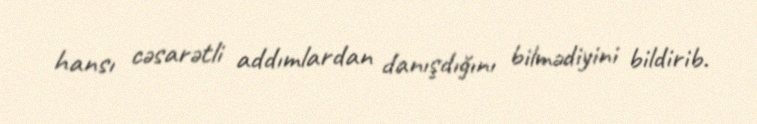
hansı cəsarətli addımlardan danışdığını bilmədiyini bildirib.